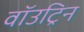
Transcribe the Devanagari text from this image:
वॉउट्रिन